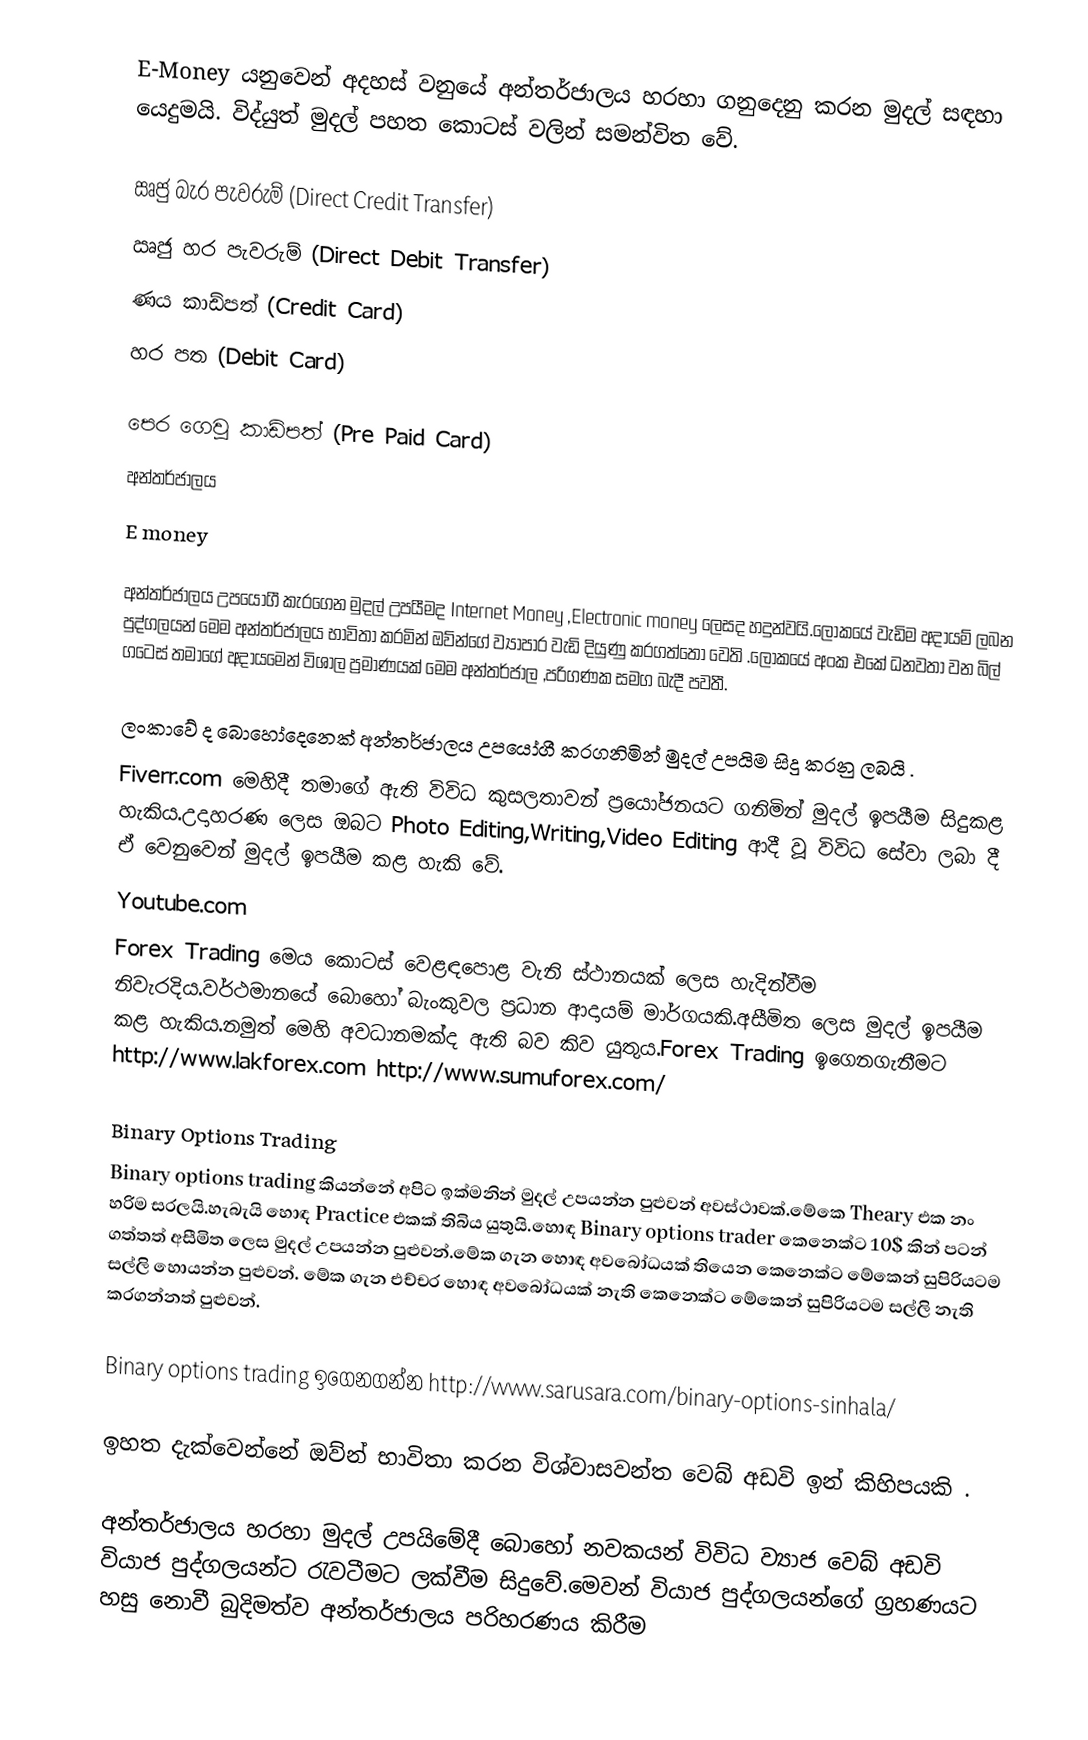
E-Money යනුවෙන් අදහස් වනුයේ අන්තර්ජාලය හරහා ගනුදෙනු කරන මුදල් සඳහා යෙදුමයි. විද්යුත් මුදල් පහත කොටස් වලින් සමන්විත වේ.

 ඍජු බැර පැවරුම් (Direct Credit Transfer)
 ඍජු හර පැවරුම් (Direct Debit Transfer)
 ණය කාඩ්පත් (Credit Card)
 හර පත (Debit Card)

පෙර ගෙවූ කාඩ්පත් (Pre Paid Card)
අන්තර්ජාලය
E money

අන්තර්ජාලය උපයෝගී කැරගෙන මුදල් උපයීමද Internet Money ,Electronic money ලෙසද හදුන්වයි.ලෝකයේ වැඩිම අදායම් ලබන පුද්ගලයන් මෙම අන්තර්ජාලය භාවිතා කරමින් ඔව්න්ගේ ව්‍යාපාර වැඩි දියුණු කරගත්තෝ වෙති .ලෝකයේ අංක එකේ ධනවතා වන බිල් ගටෙස් තමාගේ අදායමෙන් විශාල ප්‍රමාණයක් මෙම අන්තර්ජාල ,පරිගණක සමග බැදී පවතී.

ලංකාවේ ද බොහෝදෙනෙක් අන්තර්ජාලය උපයෝගී කරගනිමින් මුදල් උපයිම සිදු කරනු ලබයි .
Fiverr.com                                                                                                                                                                                                                                                     මෙහිදී තමාගේ ඇති විවිධ කුසලතාවන් ප්‍රයෝජනයට ගනිමින් මුදල් ඉපයීම සිදුකළ හැකිය.උදාහරණ ලෙස ඔබට Photo Editing,Writing,Video Editing ආදී වූ විවිධ සේවා ලබා දී ඒ වෙනුවෙන් මුදල් ඉපයීම කළ හැකි වේ.
Youtube.com
Forex Trading                                                                                                                                                                                                                                                        මෙය කොටස් වෙළඳපොළ වැනි ස්ථානයක් ලෙස හැදින්වීම නිවැරදිය.වර්ථමානයේ බොහෝ බැංකුවල ප්‍රධාන ආදායම් මාර්ගයකි.අසීමිත ලෙස මුදල් ඉපයීම කළ හැකිය.නමුත් මෙහි අවධානමක්ද ඇති බව කිව යුතුය.Forex Trading  ඉගෙනගැනීමට http://www.lakforex.com    http://www.sumuforex.com/

 Binary Options Trading
Binary options trading කියන්නේ අපිට ඉක්මනින් මුදල් උපයන්න පුළුවන් අවස්ථාවක්.මේකෙ Theary එක නං හරිම සරලයි.හැබැයි හොඳ Practice එකක් තිබිය යුතුයි.හොඳ Binary options trader      කෙනෙක්ට 10$ කින් පටන් ගත්තත් අසීමිත ලෙස මුදල් උපයන්න පුළුවන්.මේක ගැන හොඳ අවබෝධයක් තියෙන කෙනෙක්ට මේකෙන් සුපිරියටම සල්ලි හොයන්න පුළුවන්. මේක ගැන එච්චර හොඳ අවබෝධයක් නැති කෙනෙක්ට  මේකෙන් සුපිරියටම සල්ලි නැති කරගන්නත් පුළුවන්.

Binary options trading ඉගෙනගන්න http://www.sarusara.com/binary-options-sinhala/

ඉහත දැක්වෙන්නේ ඔව්න් භාවිතා කරන විශ්වාසවන්ත වෙබ් අඩවි ඉන් කිහිපයකි .

අන්තර්ජාලය හරහා මුදල් උපයිමේදී බොහෝ නවකයන් විවිධ ව්‍යාජ වෙබ් අඩවි වියාජ පුද්ගලයන්ට රැවටීමට ලක්වීම සිදුවේ.මෙවන් වියාජ පුද්ගලයන්ගේ ග්‍රහණයට හසු නොවී බුදිමත්ව අන්තර්ජාලය පරිහරණය කිරීම